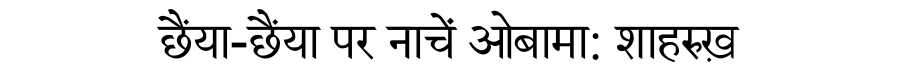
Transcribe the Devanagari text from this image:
छैंया-छैंया पर नाचें ओबामा: ‏‏शाहरुख़